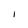
Character: I